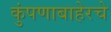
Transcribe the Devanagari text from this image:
कुंपणाबाहेरचे